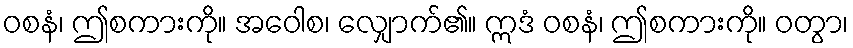
ဝစနံ၊ ဤစကားကို။ အဝေါစ၊ လျှောက်၏။ ဣဒံ ဝစနံ၊ ဤစကားကို။ ဝတွာ၊